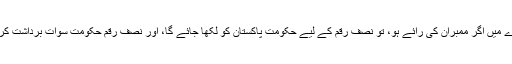
اس بارے میں اگر ممبران کی رائے ہو، تو نصف رقم کے لیے حکومتِ پاکستان کو لکھا جائے گا، اور نصف رقم حکومتِ سوات برداشت کرے گی۔